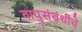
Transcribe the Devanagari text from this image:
वायुसंबंधीचे